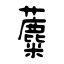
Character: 蘪